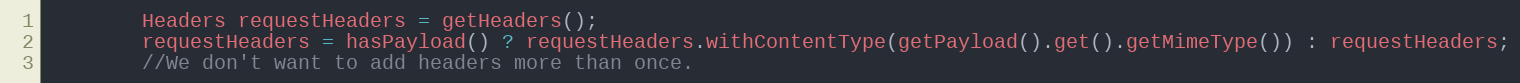
Language: Java
        Headers requestHeaders = getHeaders();
        requestHeaders = hasPayload() ? requestHeaders.withContentType(getPayload().get().getMimeType()) : requestHeaders;
        //We don't want to add headers more than once.